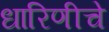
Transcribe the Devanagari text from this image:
धारिणीचे